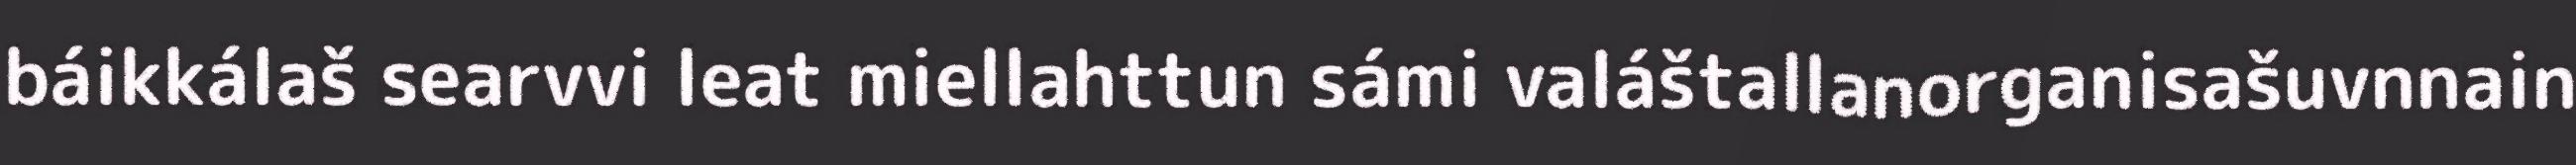
báikkálaš searvvi leat miellahttun sámi valáštallanorganisašuvnnain